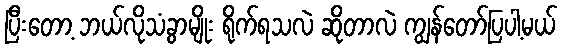
ပြီးတော့ ဘယ်လိုသံခွာမျိုး ရိုက်ရသလဲ ဆိုတာလဲ ကျွန်တော်ပြပါ့မယ်